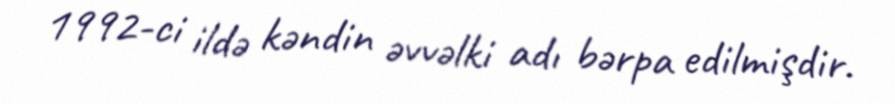
1992-ci ildə kəndin əvvəlki adı bərpa edilmişdir.